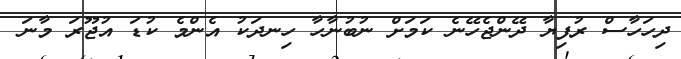
ދިހަހާސް ރުފިޔާ ދޭންޖެހޭނެ ކަމަށް ނުބުނާހާ ހިނދަކު އެންމެ ކުޑަ އުޖޫރަ މާނަ